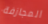
المجازفة